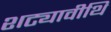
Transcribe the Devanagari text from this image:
शट्यावीथि